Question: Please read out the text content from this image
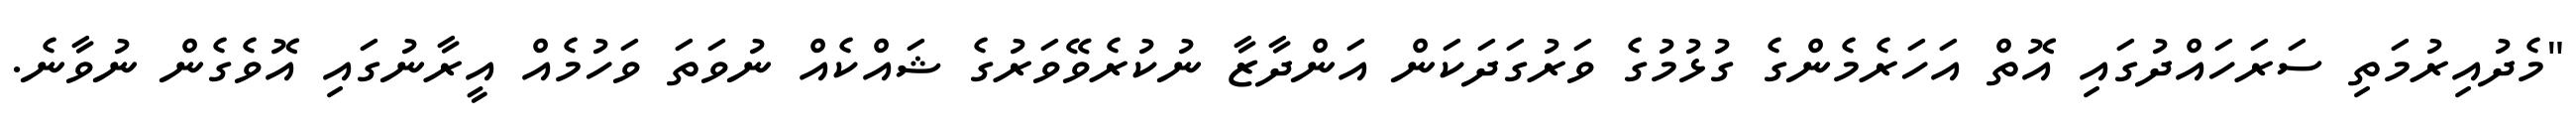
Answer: "މެދުއިރުމަތި ސަރަހައްދުގައި އޮތް އަހަރެމެންގެ ގުޅުމުގެ ވަރުގަދަކަން އަންދާޒާ ނުކުރެވޭވަރުގެ ޝައްކެއް ނުވަތަ ވަހުމެއް އީރާނުގައި އޮވެގެން ނުވާނެ.